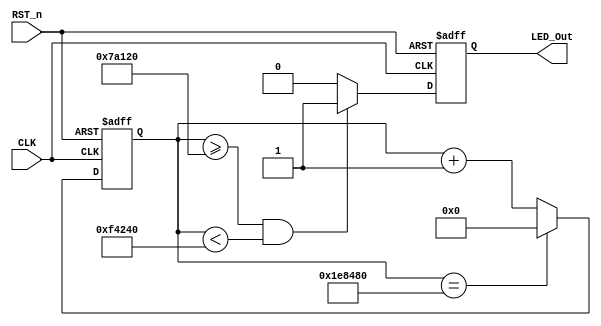
module led1_module(CLK, RST_n, LED_Out);

input CLK;
input RST_n;
output LED_Out;

 /*************************************/
//100ms 
 parameter T100MS = 21'd2_000_000;

 /*************************************/
// 100ms
 reg [20:0]Count1;

 always @ ( posedge CLK or negedge RST_n )
 if( !RST_n )
 Count1 <= 21'd0;
 else if( Count1 == T100MS )
 Count1 <= 21'd0;
 else
 Count1 <= Count1 + 1'b1;

 /*************************************/
// 1/4 
 reg rLED_Out;

 always @ ( posedge CLK or negedge RST_n )
 if( !RST_n )
 rLED_Out <= 1'b0;
 else if( Count1 >= 21'd500_000 && Count1 < 21'd1_000_000 )
 rLED_Out <= 1'b1;
 else
 rLED_Out <= 1'b0;

 /***************************************/

 assign LED_Out = rLED_Out;

 /***************************************/


 endmodule